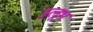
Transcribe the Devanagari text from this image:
उलूभ